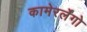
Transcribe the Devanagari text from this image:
कामेरर्लेंगो